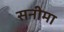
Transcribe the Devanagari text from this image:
सनीमा